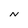
Character: N